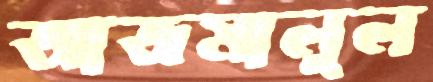
আজমালুল